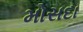
મોસદા